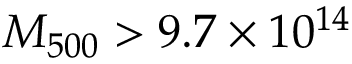
M _ { 5 0 0 } > 9 . 7 \times 1 0 ^ { 1 4 }